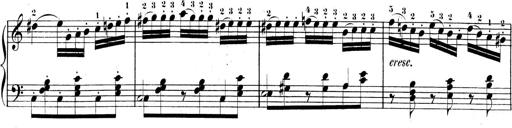
Title: 3 Sonatinen, Op.8
Composer: Isidor Wilhelm Seiss